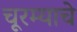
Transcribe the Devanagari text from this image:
चूरम्याचे